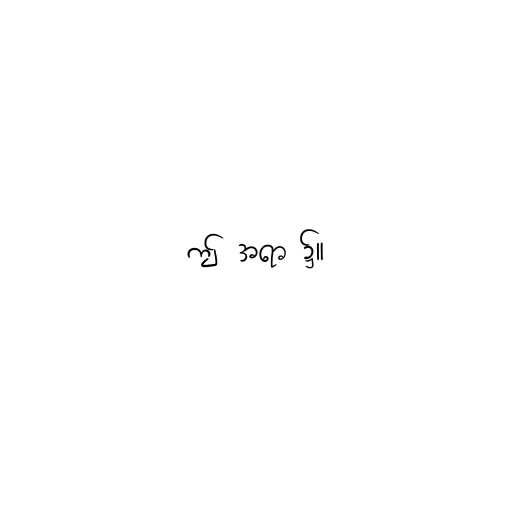
ဤ အရာ ၌။